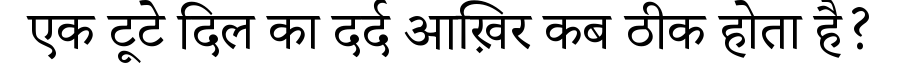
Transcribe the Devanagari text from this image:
एक टूटे दिल का दर्द आख़िर कब ठीक होता है?